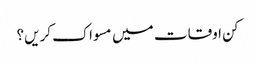
کن اوقات میں مسواک کریں؟